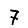
Digit: 7